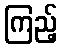
ကြည့်